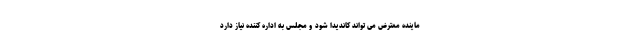
ماینده معترض می تواند کاندیدا شود و مجلس به اداره کننده نیاز دارد